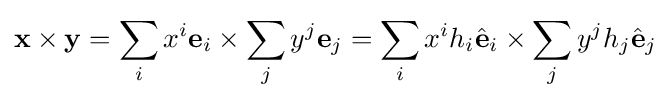
\mathbf {x} \times \mathbf {y} =\sum _{i}x^{i}\mathbf {e} _{i}\times \sum _{j}y^{j}\mathbf {e} _{j}=\sum _{i}x^{i}h_{i}{\hat {\mathbf {e} }}_{i}\times \sum _{j}y^{j}h_{j}{\hat {\mathbf {e} }}_{j}